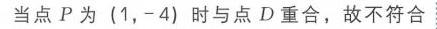
当点 \(P\) 为 \((1,-4)\) 时与点 \(D\) 重合，故不符合